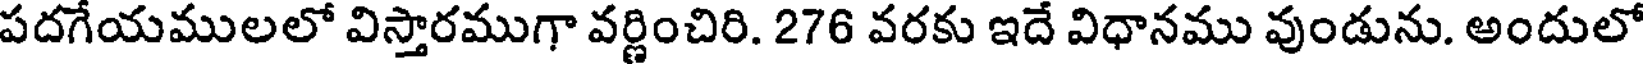
పదగేయములలో విస్తారముగా వర్ణించిరి. 276 వరకు ఇదే విధానము వుండును. అందులో